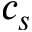
c _ { s }